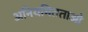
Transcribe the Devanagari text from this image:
अनियमितताओ